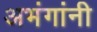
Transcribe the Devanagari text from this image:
अभंगांनी